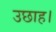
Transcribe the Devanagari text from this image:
उछाह।